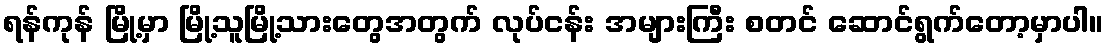
ရန်ကုန် မြို့မှာ မြို့သူမြို့သားတွေအတွက် လုပ်ငန်း အများကြီး စတင် ဆောင်ရွက်တော့မှာပါ။